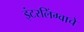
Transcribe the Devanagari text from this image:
इंटरलिंग्वाचे